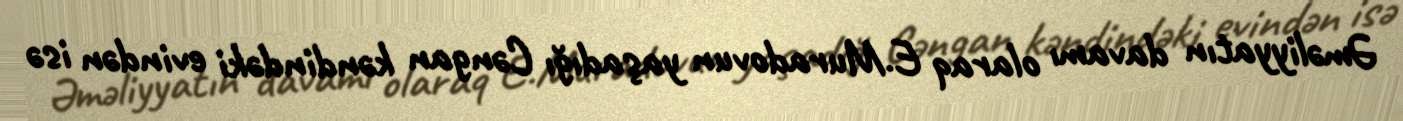
Əməliyyatın davamı olaraq E.Muradovun yaşadığı Cəngan kəndindəki evindən isə